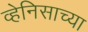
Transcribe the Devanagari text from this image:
व्हेनिसाच्या